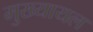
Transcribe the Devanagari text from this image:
मुख्‍यायल